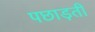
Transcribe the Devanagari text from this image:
पछाड़ती